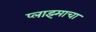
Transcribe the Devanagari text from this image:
प्लाझ्माचा